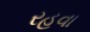
રહવા